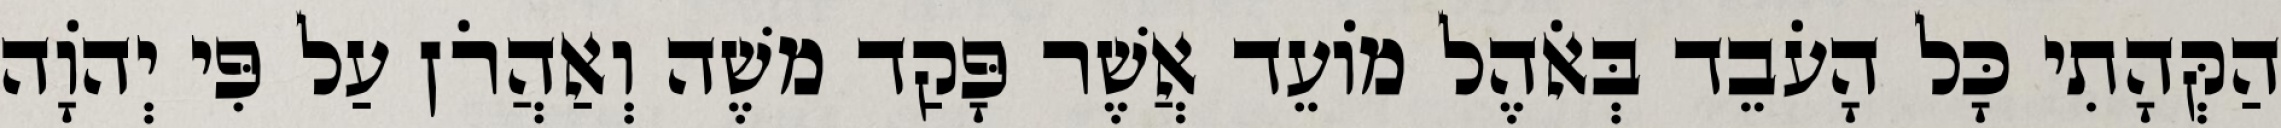
הַקְּהָתִי כָּל הָעֹבֵד בְּאֹהֶל מוֹעֵד אֲשֶׁר פָּקַד משֶׁה וְאַהֲרֹן עַל פִּי יְהוָֹה